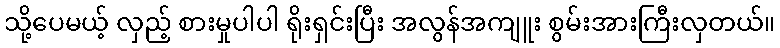
သို့ပေမယ့် လှည့် စားမှုပါပါ ရိုးရှင်းပြီး အလွန်အကျူး စွမ်းအားကြီးလှတယ်။